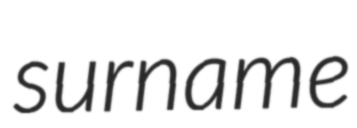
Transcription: surname